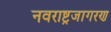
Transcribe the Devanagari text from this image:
नवराष्ट्रजागरण